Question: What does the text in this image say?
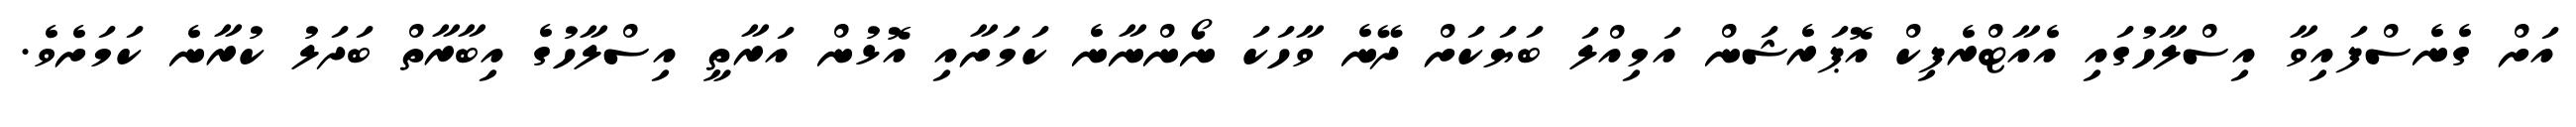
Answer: އަށް ގެނެސްފައިވާ އިސްލާހުގައި އެއާޓްރެފިކް އޮޕަރެޝަން އަމިއްލަ ބަޔަކަށް ދޭނެ ވާހަކަ ނޯންނާނެ ކަމަށާއި އޮޅުން އަރާތީ އިސްލާހުގެ އިބާރާތް ބަދަލު ކުރާނެ ކަމަށެވެ.